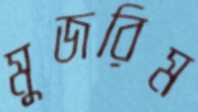
মুজরিম